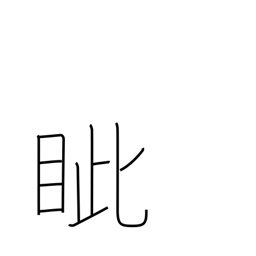
Meaning: eyesockets